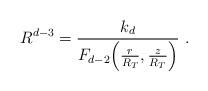
LaTeX: \begin{align*}R^{d-3}= \frac{k_d}{F_{d-2} \Big( \frac{r}{R_T} , \frac{z}{R_T} \Big)} \ .\end{align*}